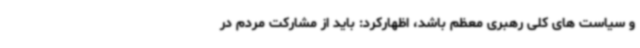
و سیاست های کلی رهبری معظم باشد، اظهارکرد: باید از مشارکت مردم در